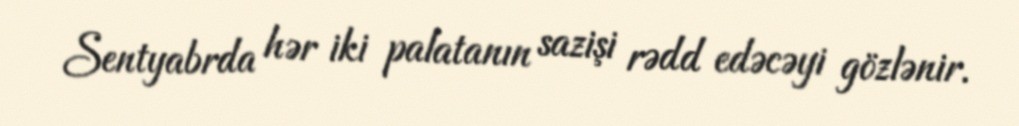
Sentyabrda hər iki palatanın sazişi rədd edəcəyi gözlənir.